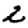
Digit: 2